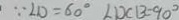
\because \angle D = 6 0 ^ { \circ } \angle D C B = 9 0 ^ { \circ }